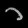
Digit: ၁